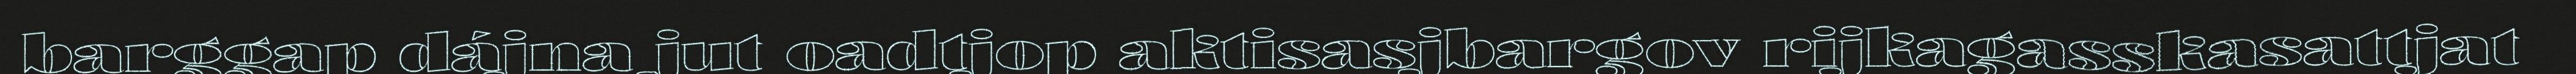
barggap dájna jut oadtjop aktisasjbargov rijkagasskasattjat